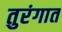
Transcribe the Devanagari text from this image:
तुरंगात